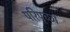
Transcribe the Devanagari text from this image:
परिपृच्छा